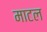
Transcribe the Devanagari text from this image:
माटल